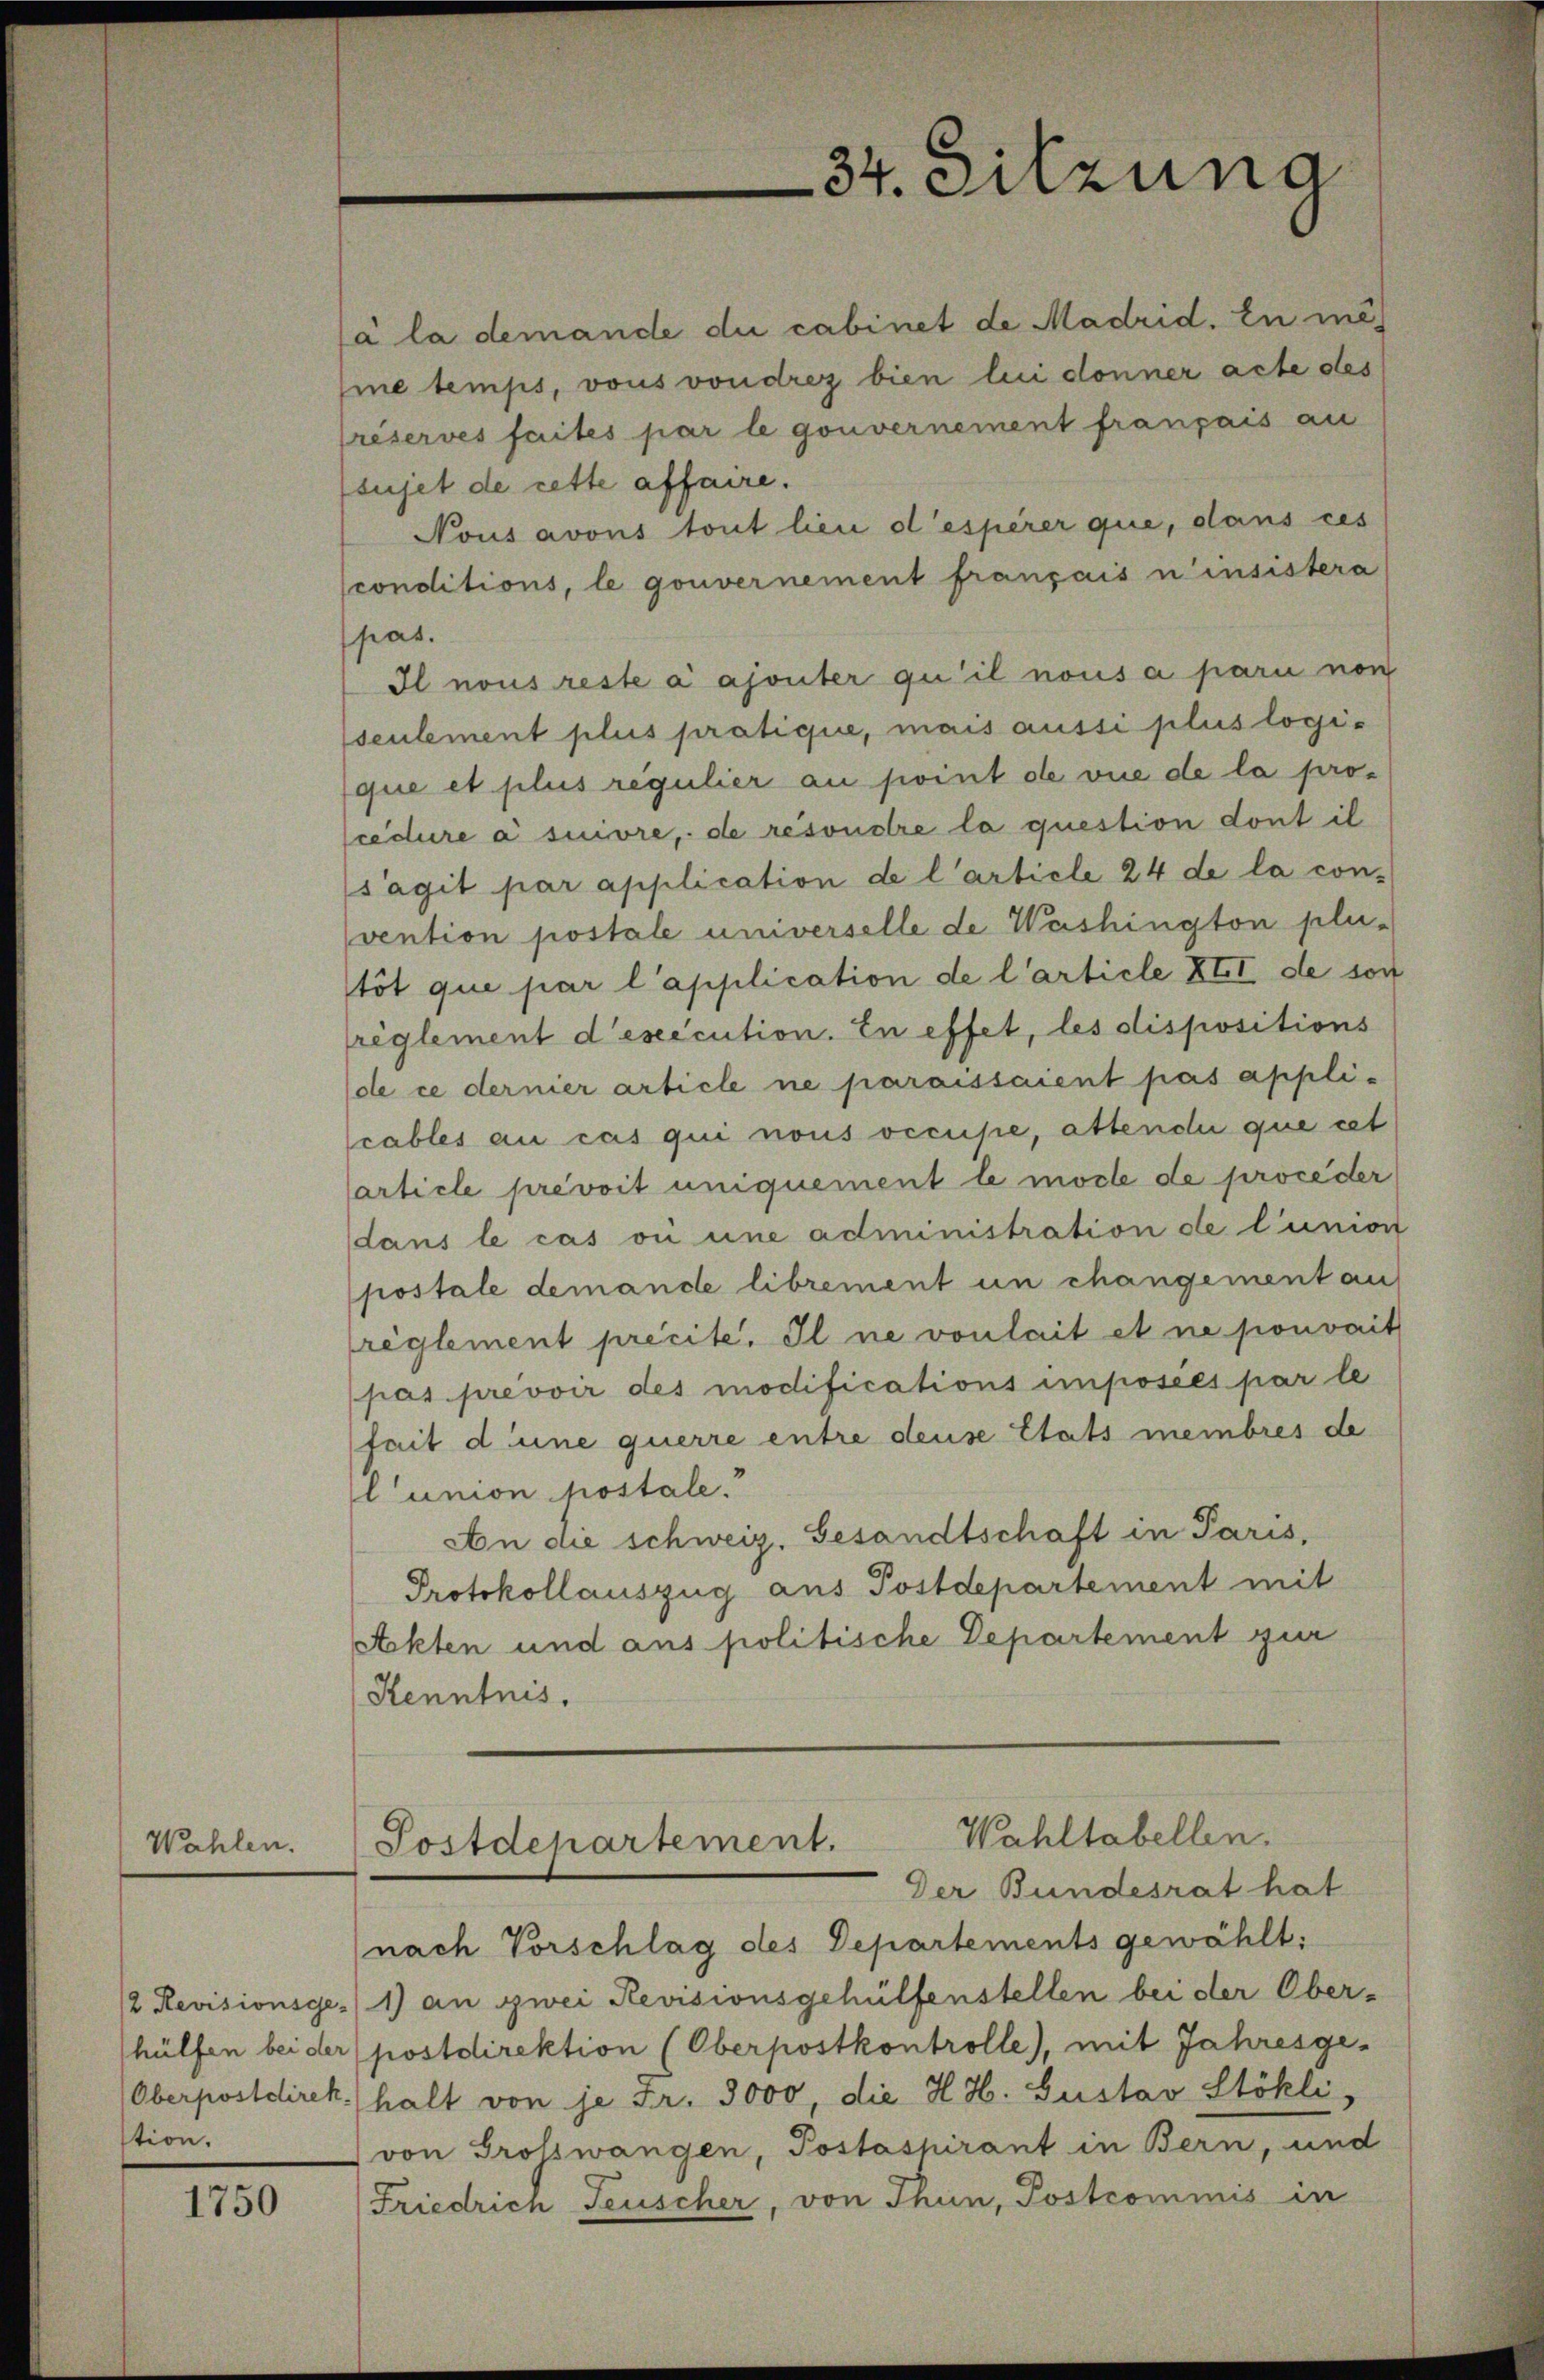
Wahlen.

2 Revisionsge-
hülfen bei der
Oberpostdirek
stion.

1750

(à la demande du cabinet de Madrid. En me
me temps, vous von drez bien lui donner acte des
reserves faites par le gouvernement français au
sujet de cette affaire.
Nous avous tout lieu d’esperer que, dans ces
conditions, le gouvernement français n’insistera
pat.
I nous reste a ajouter qu’il nous a pari non
seulement plus pratique, mais aussi plus logique et plus regulier au point de vue de la procedure à suivre, de resondre la question dont il
s’agit par application de l’article 24 de la con-
vention postale universelle de Washington pletöt que par l’application de l’article XII de son
reglement d’esecution. In effet, les dispositions
de ce dernier article ne paraissaient pas applicables au cas qui nous occupe, attendii que cet
article prévoit uniquement le mache de proceder
dans le cas ou une administration de lunion
postale demande librement un changement an
reglement precite. Il ne vonlait et ne pouvait
pas prevoir des modifications imposées par le
fait d’une querre entre deuse Etats membres de
lunion postale.
An die schweiz. Gesandtschaft in Paris,
Protokollauszug aus Postdepartement mit
Ackten und aus politische Departement zur
Kenntnis.

34. Sitzuna

Wahltabellen.
Postdepartement.

Der Bundesrat hat
(nach Vorschlag des Departements gewählt:
1) an zwei Revisionsgehülfenstellen bei der Ober-
postdirektion (Oberpostkontrolle, mit Jahresgehalt von je Fr. 3000, die H. H. Gustav Stökli,
von Grosswangen, Postashirant in Bern, und
Friedrich Feuscher, von Thun, Postcommis in